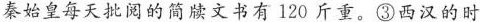
秦始皇每天批阅的简牍文书有120斤重。③西汉的时